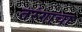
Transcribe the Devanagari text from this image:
तरंगाचा